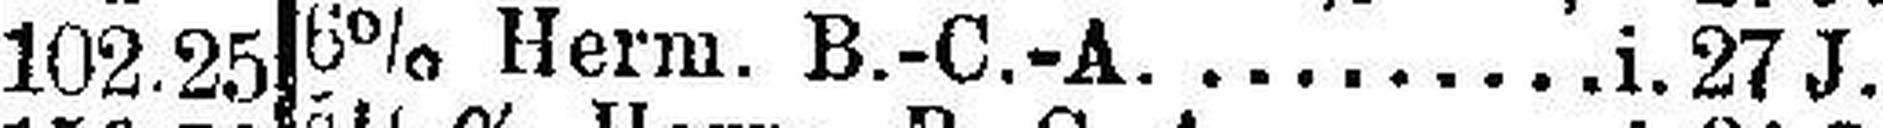
6% Herm. B.-C.-A. ......... i. 27 J. v.